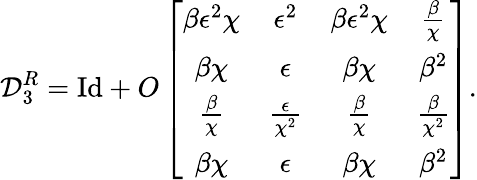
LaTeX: \mathcal{D}_{3}^{R}=\mathrm{Id}+O\left[\begin{array}{cccc}{\beta\epsilon^{2}\chi}&{\epsilon^{2}}&{\beta\epsilon^{2}\chi}&{\frac{\beta}{\chi}}\\ {\beta\chi}&{\epsilon}&{\beta\chi}&{\beta^{2}}\\ {\frac{\beta}{\chi}}&{\frac{\epsilon}{\chi^{2}}}&{\frac{\beta}{\chi}}&{\frac{\beta}{\chi^{2}}}\\ {\beta\chi}&{\epsilon}&{\beta\chi}&{\beta^{2}}\end{array}\right].